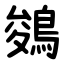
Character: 鵕